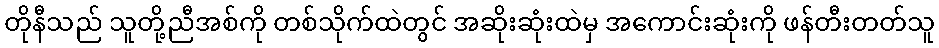
တိုနီသည် သူတို့ညီအစ်ကို တစ်သိုက်ထဲတွင် အဆိုးဆုံးထဲမှ အကောင်းဆုံးကို ဖန်တီးတတ်သူ